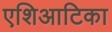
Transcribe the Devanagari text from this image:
एशिआटिका